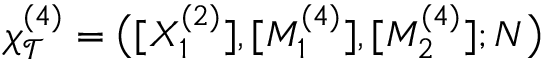
\chi _ { \mathcal { T } } ^ { ( 4 ) } = \big ( [ X _ { 1 } ^ { ( 2 ) } ] , [ M _ { 1 } ^ { ( 4 ) } ] , [ M _ { 2 } ^ { ( 4 ) } ] ; N \big )